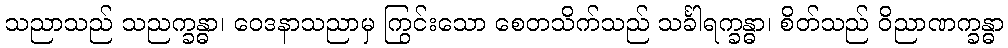
သညာသည် သညက္ခန္ဓာ၊ ဝေဒနာသညာမှ ကြွင်းသော စေတသိက်သည် သင်္ခါရက္ခန္ဓာ၊ စိတ်သည် ဝိညာဏက္ခန္ဓာ